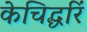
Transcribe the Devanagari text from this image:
केचिद्धरिं